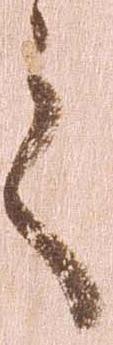
之